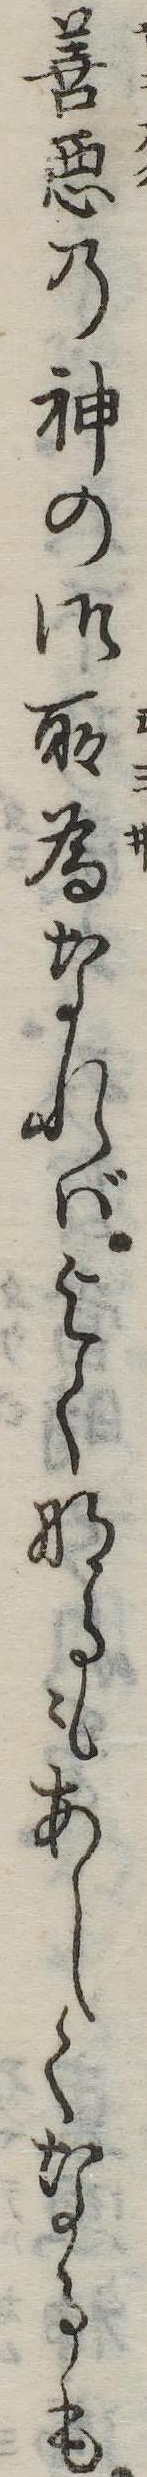
善悪の神の御所為なればよくなるもあしくなるも